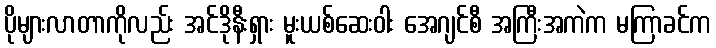
ပိုများလာတာကိုလည်း အင်ဒိုနီးရှား မူးယစ်ဆေးဝါး အေဂျင်စီ အကြီးအကဲက မကြာခင်က